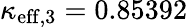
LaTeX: \kappa_{\mathrm{eff},3}=0.85392